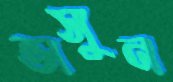
ভাসুন